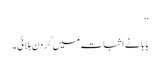
‘‘
بابا نے اثبات میں گردن ہلائی ۔